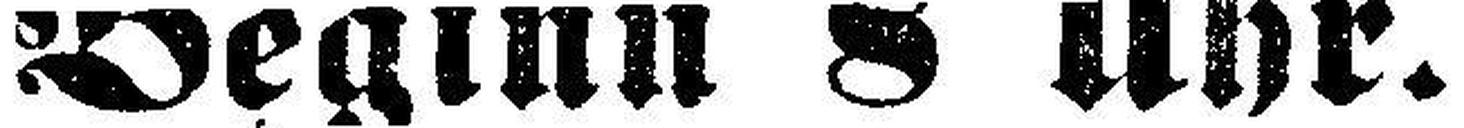
Beginn 8 Uhr.